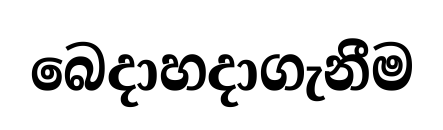
බෙදාහදාගැනීම